Annual report on the mental hospital in the Central Provinces and Berar (Nagpur) - 1927-1951
Year: 1927
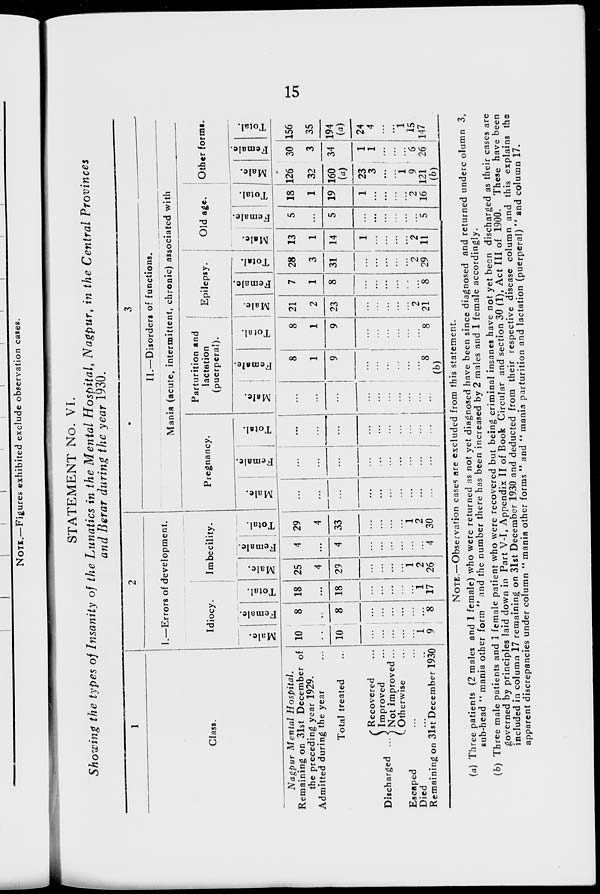
15
STATEMENT No. VI.
Showing the types of Insanity of the Lunatics in the Mental Hospital, Nagpur, in the Central Provinces
and Berar during the year 1930.
1
Class.
Nagpur Mental
Hospital.
Remaining on 31st December of
the preceding year 1929.
Admitted during the year ...
Total treated ...
Discharged ...
Recovered ...
Improved ...
Not improved ...
Otherwise ...
Escaped ... ...
Died ... ...
Remaining on 31st December 1930
2
I.—Errors of development.
Idiocy.
Male.
10
...
10
...
...
...
...
...
1
9
Female.
8
...
8
...
...
...
...
...
...
8
Total.
18
...
18
...
...
...
...
...
1
17
Imbecility.
Male.
25
4
29
...
...
...
...
1
2
26
Female.
4
...
4
...
...
...
...
...
...
4
Total.
29
4
33
...
...
...
...
1
2
30
3
II.—Disorders of functions.
Mania (acute, intermittent, chronic) associated with
Pregnancy.
Male.
...
...
...
...
...
...
...
...
...
...
Female.
...
...
...
...
...
...
...
...
...
...
Total.
...
...
...
...
...
...
...
...
...
...
Parturition and
lactation
(puerperal).
Male.
...
...
...
...
...
...
...
...
...
...
Female.
8
1
9
...
...
...
...
...
...
8
(b)
Total.
8
1
9
...
...
...
...
...
...
8
Epilepsy.
Male.
21
2
23
...
...
...
...
...
2
21
Female.
7
1
8
...
...
...
...
...
...
8
Total.
28
3
31
...
...
...
...
...
2
29
Old age.
Male.
13
1
14
1
...
...
...
...
2
11
Female.
5
...
5
...
...
...
...
...
...
5
Total.
18
1
19
1
...
...
...
...
2
16
Other forms.
Male.
126
32
160
(a)
23
3
...
...
1
9
121
(b)
Female.
30
3
34
1
1
...
...
...
6
26
Total.
156
35
194
(a)
24
4
...
...
1
15
147
NOTE.—Observation cases are excluded from this statement.
(a) Three patients (2 males and 1 female) who were returned as not yet diagnosed have been since diagnosed and returned under column 3,
sub-head " mania other form " and the number there has been increased by 2 males and 1 female accordingly.
(b) Three male patients and 1 female patient who were recovered but being criminal insanes have not yet been discharged as their cases are
governed by principles laid down in Part V-I, Appendix II of Book Circular and section 30 (1), Act III of 1900. These have been
included in column 17 remaining on 31st December 1930 and deducted from their respective disease column and this explains the
apparent discrepancies under column " mania other forms " and " mania parturition and lactation (puerperal) " and column 17.